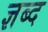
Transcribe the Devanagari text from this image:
ज्ञब्द